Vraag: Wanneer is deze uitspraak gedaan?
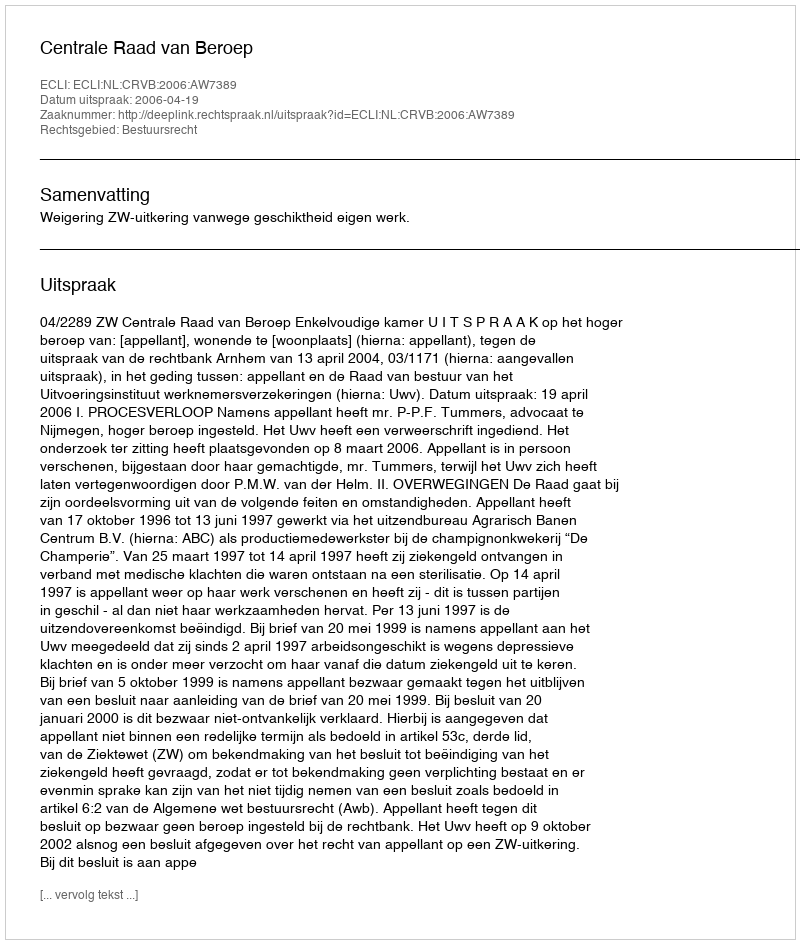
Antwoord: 2006-04-19